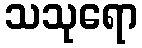
သသုရော